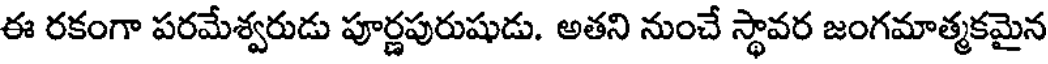
ఈ రకంగా పరమేశ్వరుడు పూర్ణపురుషుడు. అతని నుంచే స్థావర జంగమాత్మకమైన